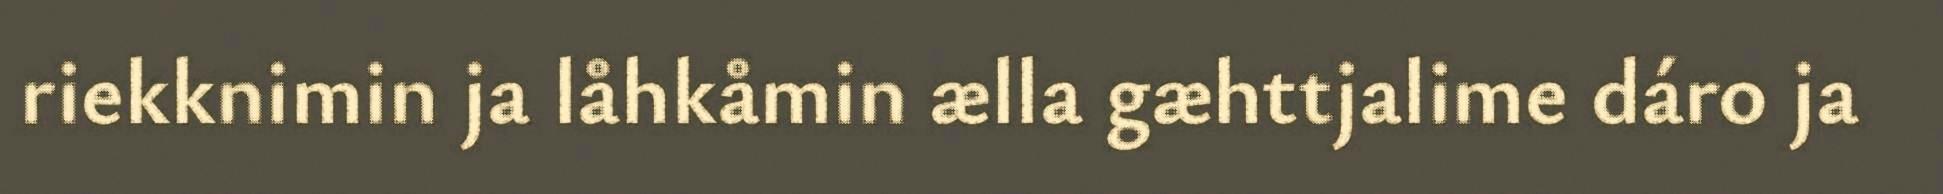
riekknimin ja låhkåmin ælla gæhttjalime dáro ja